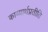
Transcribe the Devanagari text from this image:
काव्यार्थप्रतीति